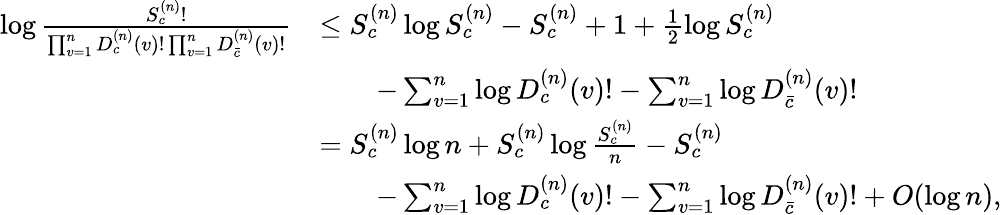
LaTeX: \begin{array}{rl}{\log\frac{S_{c}^{(n)}!}{\prod_{v=1}^{n}D_{c}^{(n)}(v)!\prod_{v=1}^{n}D_{\bar{c}}^{(n)}(v)!}}&{\leq S_{c}^{(n)}\log S_{c}^{(n)}-S_{c}^{(n)}+1+\frac{1}{2}\log S_{c}^{(n)}}\\ &{\qquad-\sum_{v=1}^{n}\log D_{c}^{(n)}(v)!-\sum_{v=1}^{n}\log D_{\bar{c}}^{(n)}(v)!}\\ &{=S_{c}^{(n)}\log n+S_{c}^{(n)}\log\frac{S_{c}^{(n)}}{n}-S_{c}^{(n)}}\\ &{\qquad-\sum_{v=1}^{n}\log D_{c}^{(n)}(v)!-\sum_{v=1}^{n}\log D_{\bar{c}}^{(n)}(v)!+O(\log n),}\end{array}